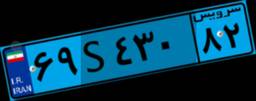
۹۶S۴۴۵۳۶